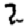
Digit: 2